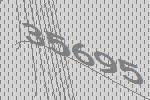
35695